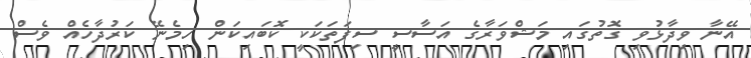
އޭނާ ވިދާޅުވި ގޮތުގައި މަޝްވަރާގެ އަސާސީ ސިފަތަކަކީ ކޮބައިކަން ހިމެނޭ ކަރުދާހެއް ވެސް